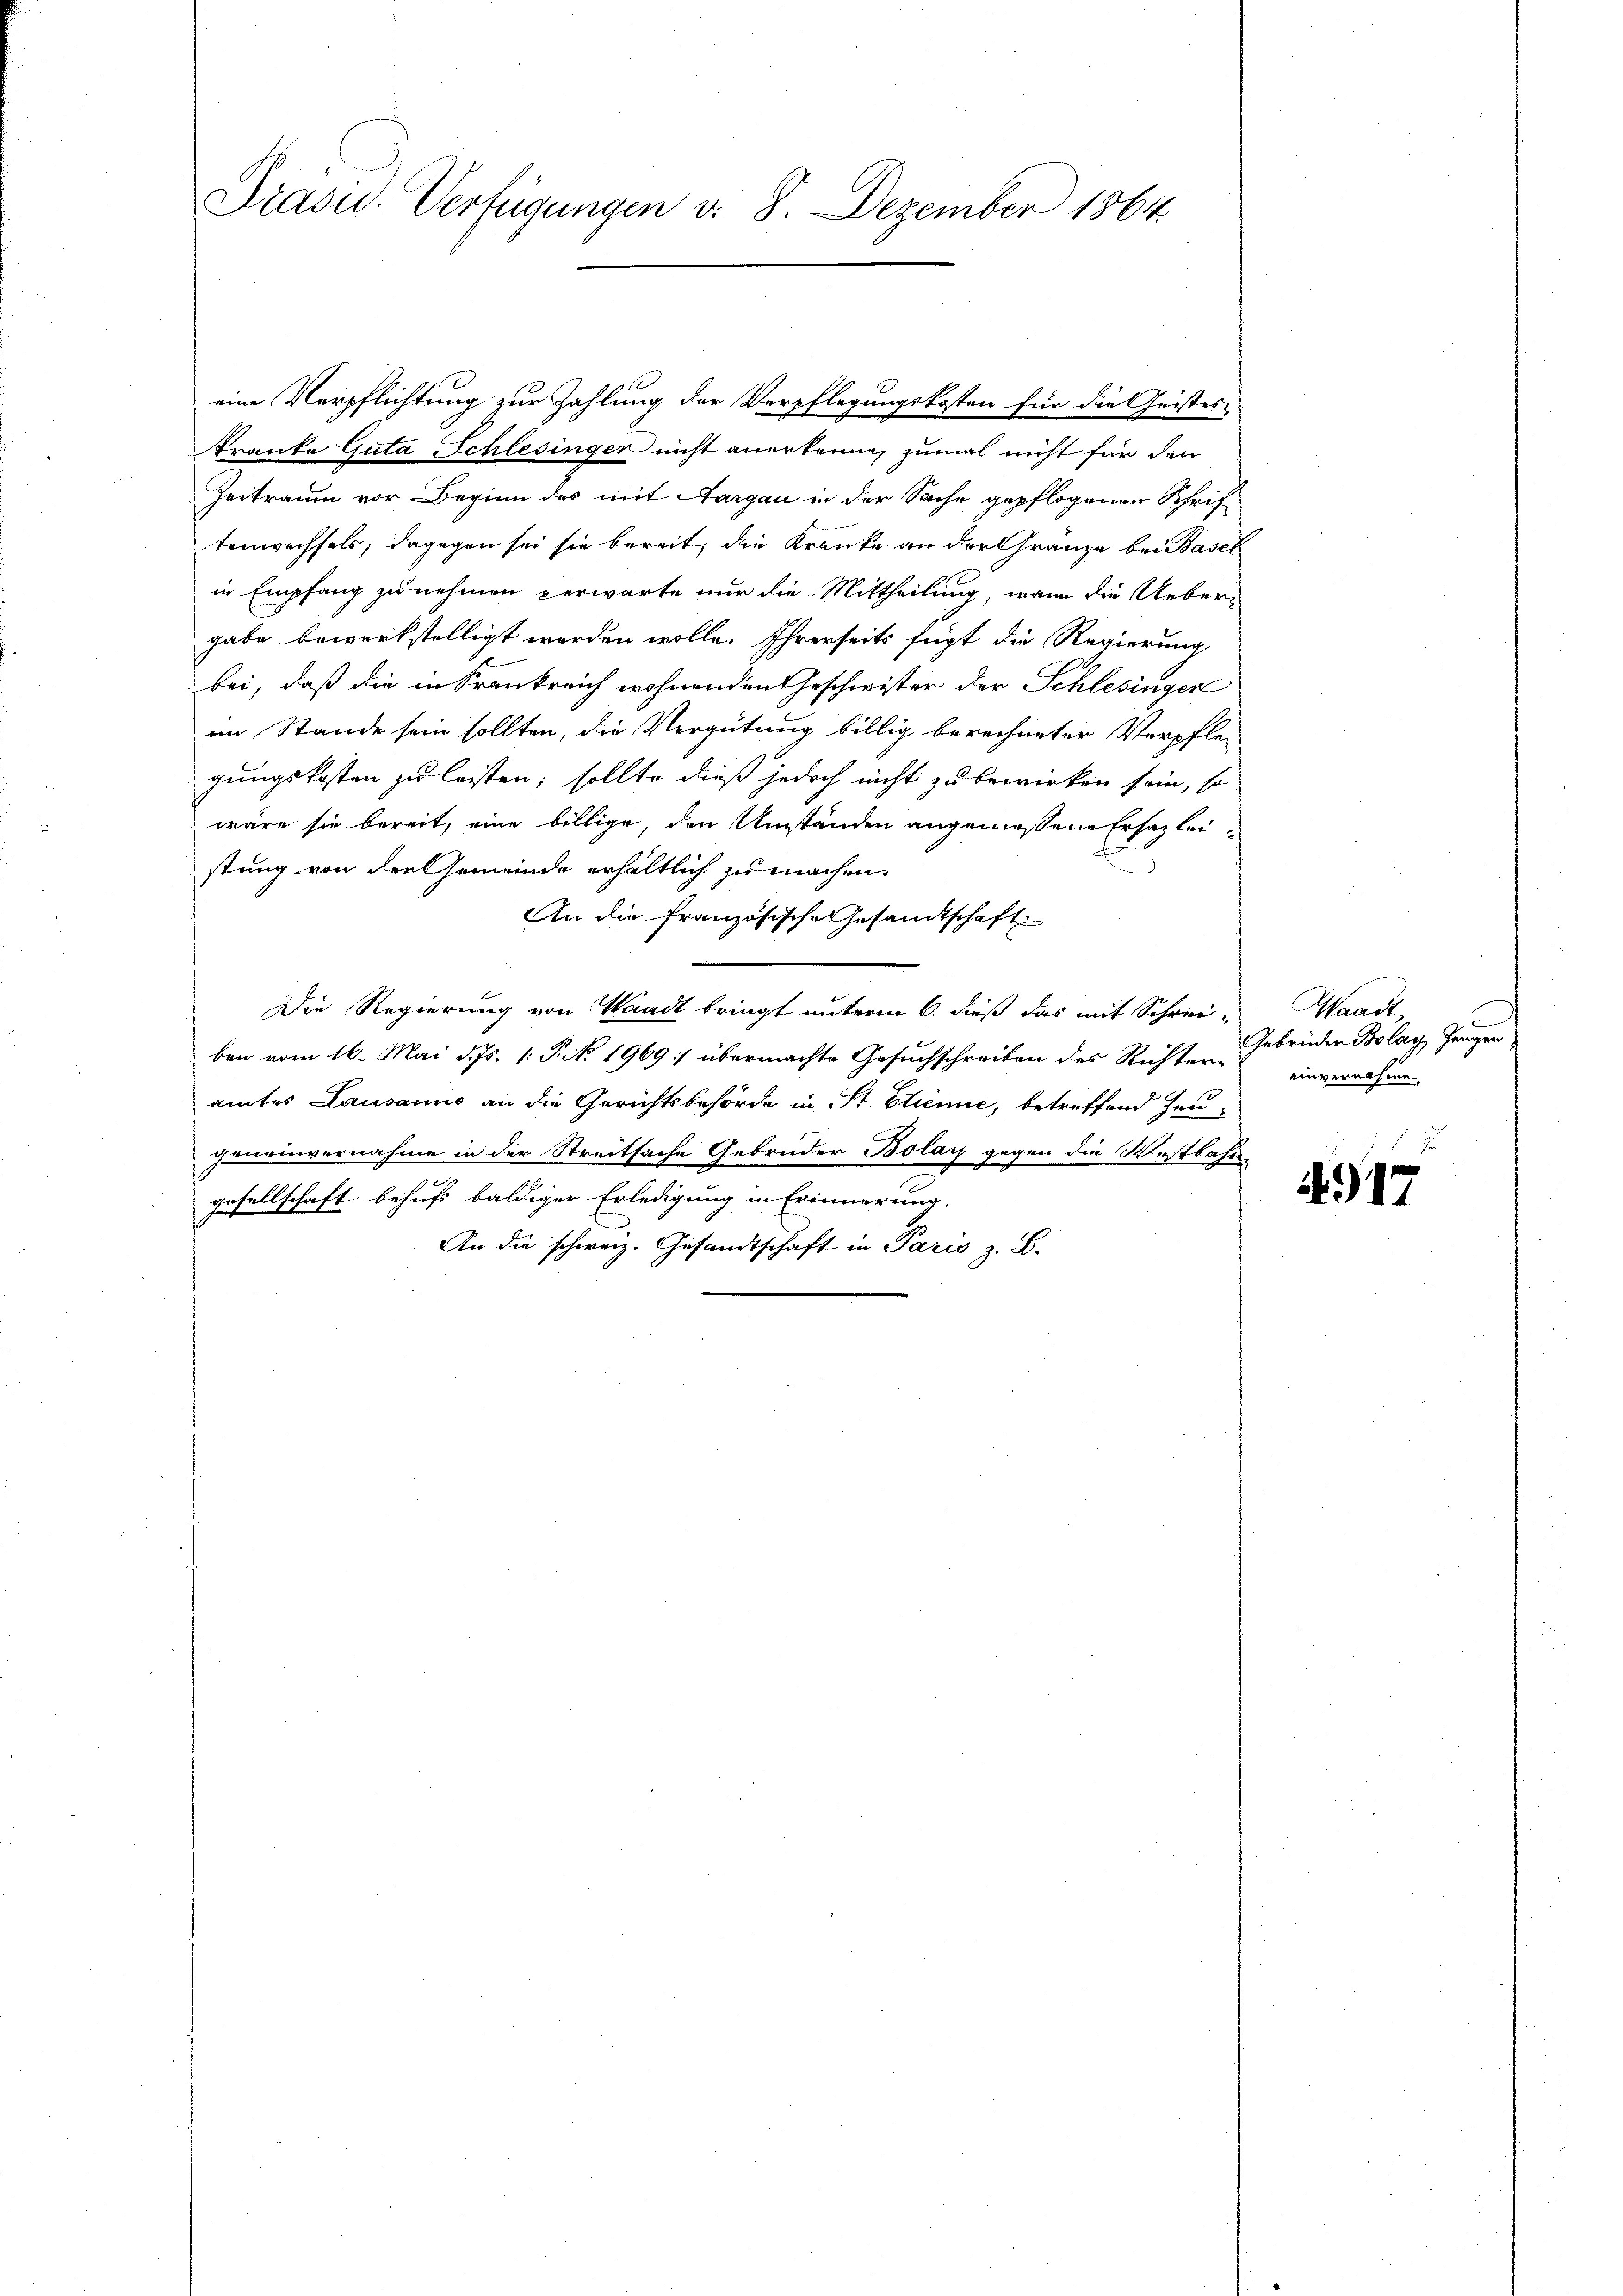
Präsid.-Verfügungen v. 8. Dezember 1864

Kranke Guta Schlesinger nicht anerkenne, zumal nicht für den
Zeitraum vor Beginn des mit Aargau in der Sache gepflogenen Schrif-
tenwechsels, dagegen sei sie bereit, die Kranke an der Gränze bei Basel
in Empfang zu nehmen verwarte nur die Mittheilung, wenn die Uebergabe bewerkstelligt werden wolle. Ihrerseits fügt die Regierung
bei, daß die in Krankreich wohnenden Geschwister der Schlesingen
im Stande sein sollten, die Vergütung billig berechneter Verpfle-
gungskosten zu leisten; sollte dieß jedoch nicht zu bewirken sein, so
wäre sie bereit, eine billige, den Umständen angemessene Ersatzlei-
stung von den Gemeinde erhältlich zu machen.
An die französische Gesandtschaft
Die Regierung von Waadt bringt unterm 6. dieß das mit Schrei-
ben vom 16. Mai d. Js. 1. P. No. 1969 :/ übermachte Gesuchschreiben des Richter-
amtes Lausanne an die Gerichtsbehörde in St. Etienie, betreffend Zeugeneinvernahme in der Streitsache Gebrüder Bolay gegen die Westbahn
gesellschaft behufs baldiger Erledigung in Erinnerung.
An die schweiz. Gesandtschaft in Paris z. B.

eine Verpflichtung zur Zahlung der Verpflegungskosten für die Geistes

Waadt
2
Gebrüder Bolay, Gänger,
einvernahme
x

4917